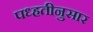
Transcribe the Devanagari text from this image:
पध्हतीनुसार